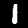
Label: 1